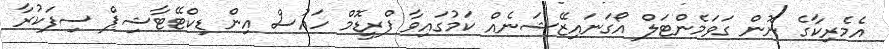
އެމެރިކާގެ ނޮން ގަވަމެންޓަލް އޯގަނައިޒޭޝަނެއް ކަމުގައިވާ ފްރީޑޮމް ހައުސް އިން ޑިކްޓޭޓާޝިޕް ސިފަކުރާ